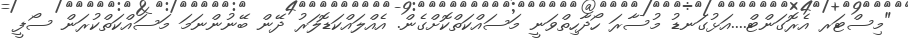
"މިސްޓަރ އެރޮގަންޓް....އަޅުގަނޑު މުސާރަ ހޯދާހިތްވަނީ މަސައްކަތްކޮށްގެން. އެއްލައްކަޑޮލަރު ދޭން ބޭނުންނަމަ މަސައްކަތްކުރަން ސޯފީ